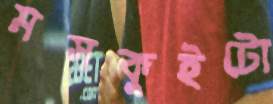
মসকুইটো